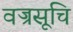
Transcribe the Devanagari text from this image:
वज्रसूचि